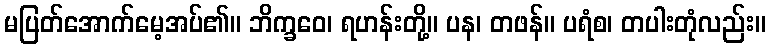
မပြတ်အောက်မေ့အပ်၏။ ဘိက္ခဝေ၊ ရဟန်းတို့။ ပန၊ တဖန်။ ပရံစ၊ တပါးတုံလည်း။